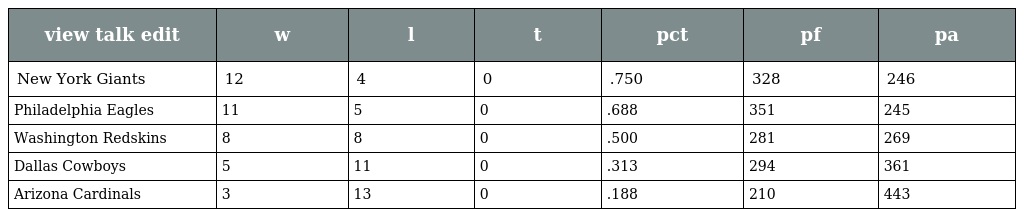
| view talk edit | w | l | t | pct | pf | pa |
 | --- | --- | --- | --- | --- | --- | --- |
 | New York Giants | 12 | 4 | 0 | .750 | 328 | 246 |
 | Philadelphia Eagles | 11 | 5 | 0 | .688 | 351 | 245 |
 | Washington Redskins | 8 | 8 | 0 | .500 | 281 | 269 |
 | Dallas Cowboys | 5 | 11 | 0 | .313 | 294 | 361 |
 | Arizona Cardinals | 3 | 13 | 0 | .188 | 210 | 443 |